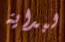
لبداية